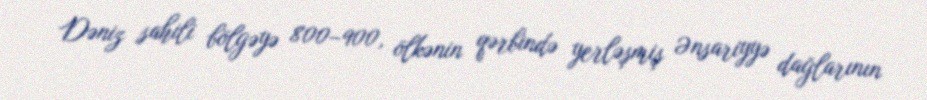
Dəniz sahili bölgəyə 800–900, ölkənin qərbində yerləşmiş Ənsariyyə dağlarının